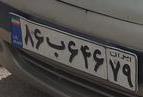
۸۶ب۶۴۶۷۹